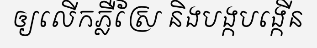
ឲ្យលើកភ្លឺស្រែ និងបង្កបង្កើន